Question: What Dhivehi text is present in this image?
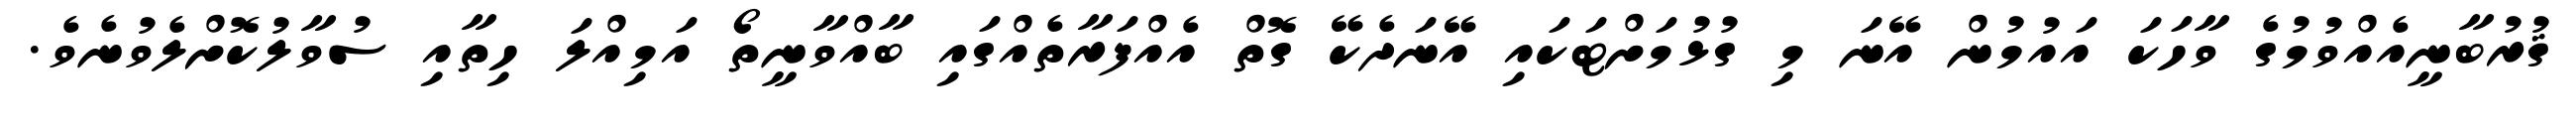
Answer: ޤުރުބާނީއެއްވުމުގެ ވާހަކަ އައުމުން އޭނަ މި ގުޅުމަށްޓަކައި އޭނަދެކޭ ގޮތް އެއްފަރާތެއްގައި ބާއްވާނީތޯ އަމިއްލަ ހިތާއި ސުވާލުކޮށްލެވުނެވެ.